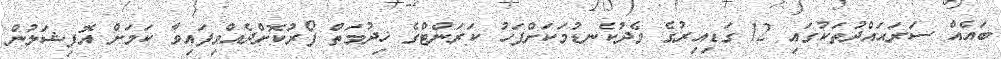
ބައެއް ސަރަޙައްދުތަކުގައި 12 ގަޑިއިރުގެ މެދުކެނޑުމަކަށްފަހު ކަރަންޓްގެ ޚިދުމަތް ފޯރުކޮށްދެއްވިފައިވާ ކަމަށް އޮފިޝަލުން